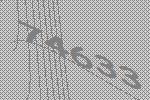
74633